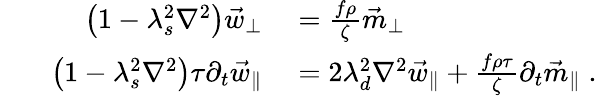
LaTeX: \begin{array}{rl}{\qquad\quad\left(1-\lambda_{s}^{2}\nabla^{2}\right)\vec{w}_{\perp}}&{{}=\frac{f\rho}{\zeta}\vec{m}_{\perp}}\\ {\left(1-\lambda_{s}^{2}\nabla^{2}\right)\tau\partial_{t}\vec{w}_{\parallel}}&{{}=2\lambda_{d}^{2}\nabla^{2}\vec{w}_{\parallel}+\frac{f\rho\tau}{\zeta}\partial_{t}\vec{m}_{\parallel}\; .}\end{array}